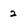
Character: 2